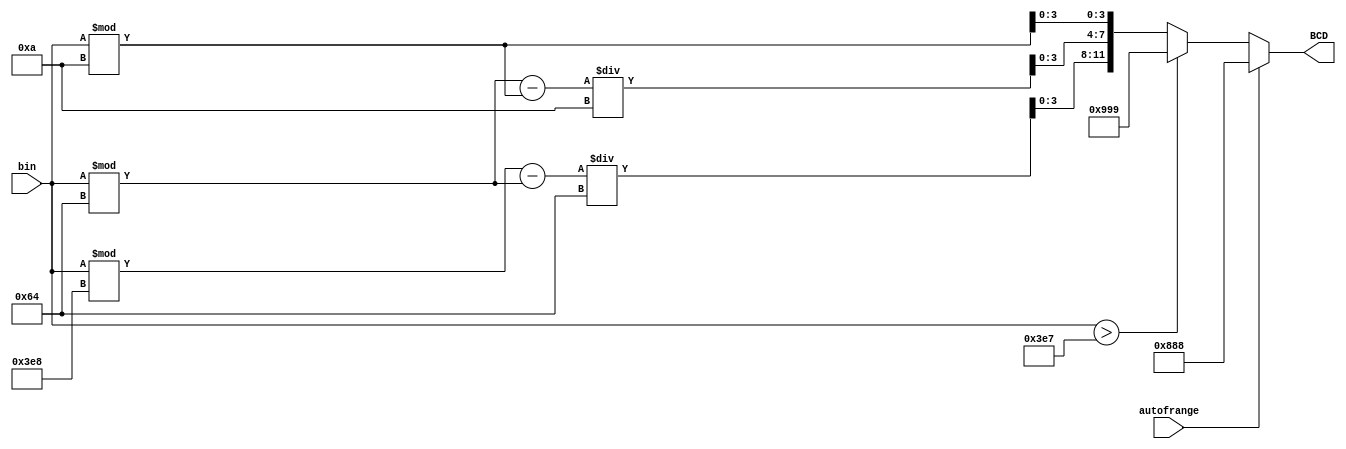
module bintoBCD(
		input [9:0] bin,
		input autofrange,
		output reg [11:0] BCD);
		
reg [3:0] unit;
reg [3:0] dec;
reg [3:0] hund;

always @(*) begin
	if (autofrange) begin
		BCD = 12'b1000_1000_1000;
	end
	else if (bin > 10'd0999) begin
		BCD = 12'b1001_1001_1001;
	end
	else begin
		unit = (bin % 10'd0010);
		dec = (((bin % 10'd0100) - (bin % 10'd0010))/10'd0010);
		hund = (((bin % 10'd1000) - (bin % 10'd0100))/10'd100);
		BCD = { hund , dec, unit};
	end
end
endmodule